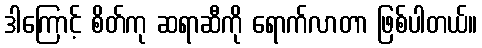
ဒါကြောင့် စိတ်ကု ဆရာဆီကို ရောက်လာတာ ဖြစ်ပါတယ်။